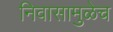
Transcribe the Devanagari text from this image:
निवासामुळेच